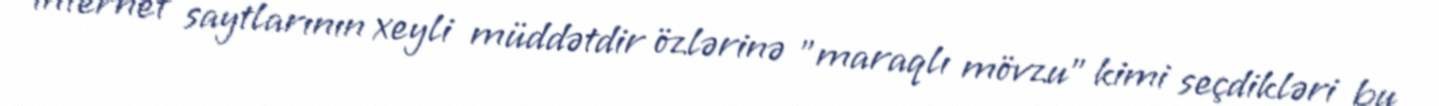
internet saytlarının xeyli müddətdir özlərinə ”maraqlı mövzu" kimi seçdikləri bu